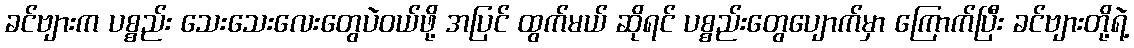
ခင်ဗျားက ပစ္စည်း သေးသေးလေးတွေပဲဝယ်ဖို့ အပြင် ထွက်မယ် ဆိုရင် ပစ္စည်းတွေပျောက်မှာ ကြောက်ပြီး ခင်ဗျားတို့ရဲ့